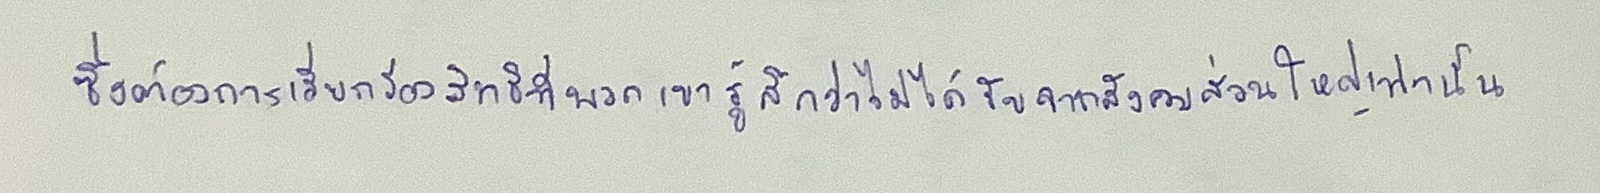
ซึ่งต้องการเรียกร้องสิทธิที่พวกเขารู้สึกว่าไม่ได้รับจากสังคมส่วนใหญ่เท่านั้น